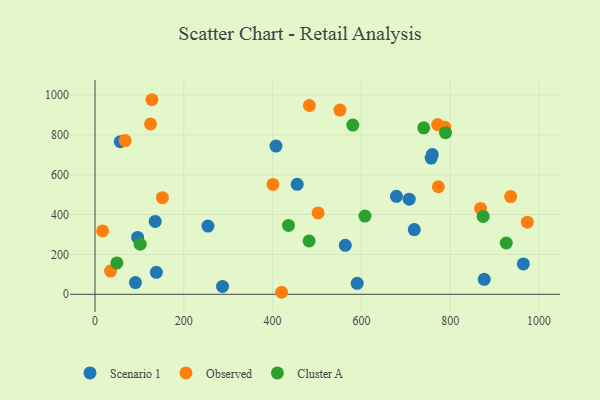
{"axis": {"x": "Study Hours", "y": "Fuel Efficiency"}, "legend": ["Cluster A", "Observed", "Scenario 1"], "data": [{"x": "254.4", "y": 342.5, "type": "Scenario 1"}, {"x": "91.1", "y": 58.8, "type": "Scenario 1"}, {"x": "759.6", "y": 700.8, "type": "Scenario 1"}, {"x": "287.2", "y": 39.7, "type": "Scenario 1"}, {"x": "964.8", "y": 152.4, "type": "Scenario 1"}, {"x": "57.0", "y": 765.5, "type": "Scenario 1"}, {"x": "96.0", "y": 285.1, "type": "Scenario 1"}, {"x": "407.6", "y": 743.7, "type": "Scenario 1"}, {"x": "455.4", "y": 551.9, "type": "Scenario 1"}, {"x": "757.1", "y": 683.3, "type": "Scenario 1"}, {"x": "590.5", "y": 54.8, "type": "Scenario 1"}, {"x": "563.7", "y": 245.7, "type": "Scenario 1"}, {"x": "138.2", "y": 110.4, "type": "Scenario 1"}, {"x": "876.6", "y": 75.3, "type": "Scenario 1"}, {"x": "678.9", "y": 491.7, "type": "Scenario 1"}, {"x": "707.7", "y": 477.2, "type": "Scenario 1"}, {"x": "719.1", "y": 324.5, "type": "Scenario 1"}, {"x": "135.6", "y": 365.8, "type": "Scenario 1"}, {"x": "771.7", "y": 851.3, "type": "Observed"}, {"x": "773.3", "y": 539.5, "type": "Observed"}, {"x": "35.1", "y": 116.4, "type": "Observed"}, {"x": "400.8", "y": 551.2, "type": "Observed"}, {"x": "151.9", "y": 484.5, "type": "Observed"}, {"x": "936.1", "y": 490.3, "type": "Observed"}, {"x": "502.4", "y": 408.3, "type": "Observed"}, {"x": "482.8", "y": 947.1, "type": "Observed"}, {"x": "67.9", "y": 771.3, "type": "Observed"}, {"x": "128.2", "y": 976.2, "type": "Observed"}, {"x": "17.2", "y": 318.1, "type": "Observed"}, {"x": "868.4", "y": 431.0, "type": "Observed"}, {"x": "787.6", "y": 838.6, "type": "Observed"}, {"x": "125.1", "y": 855.0, "type": "Observed"}, {"x": "551.6", "y": 924.1, "type": "Observed"}, {"x": "973.8", "y": 361.7, "type": "Observed"}, {"x": "420.3", "y": 10.1, "type": "Observed"}, {"x": "608.0", "y": 392.6, "type": "Cluster A"}, {"x": "926.3", "y": 257.4, "type": "Cluster A"}, {"x": "101.8", "y": 251.6, "type": "Cluster A"}, {"x": "49.3", "y": 157.6, "type": "Cluster A"}, {"x": "740.4", "y": 835.1, "type": "Cluster A"}, {"x": "580.7", "y": 848.8, "type": "Cluster A"}, {"x": "482.2", "y": 267.6, "type": "Cluster A"}, {"x": "789.4", "y": 810.8, "type": "Cluster A"}, {"x": "874.2", "y": 390.9, "type": "Cluster A"}, {"x": "435.8", "y": 345.5, "type": "Cluster A"}]}